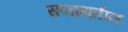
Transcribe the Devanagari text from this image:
सप्ताहातील